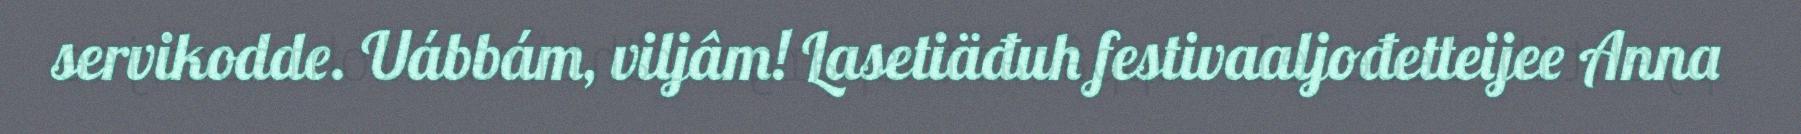
servikodde. Uábbám, viljâm! Lasetiäđuh festivaaljođetteijee Anna